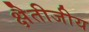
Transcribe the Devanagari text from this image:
क्षैतीजीय